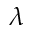
\lambda